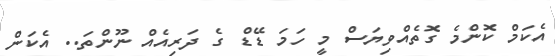
އެކަމް ކޮންމެ ގޮތެއްވިޔަސް މީ ހަމަ ޑޭޑް ގެ ދަރިއެއް ނޫންތަ.. އެކަން